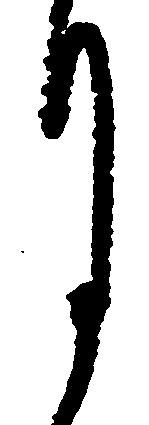
月